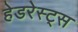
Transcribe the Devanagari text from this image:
हेडरेस्ट्स